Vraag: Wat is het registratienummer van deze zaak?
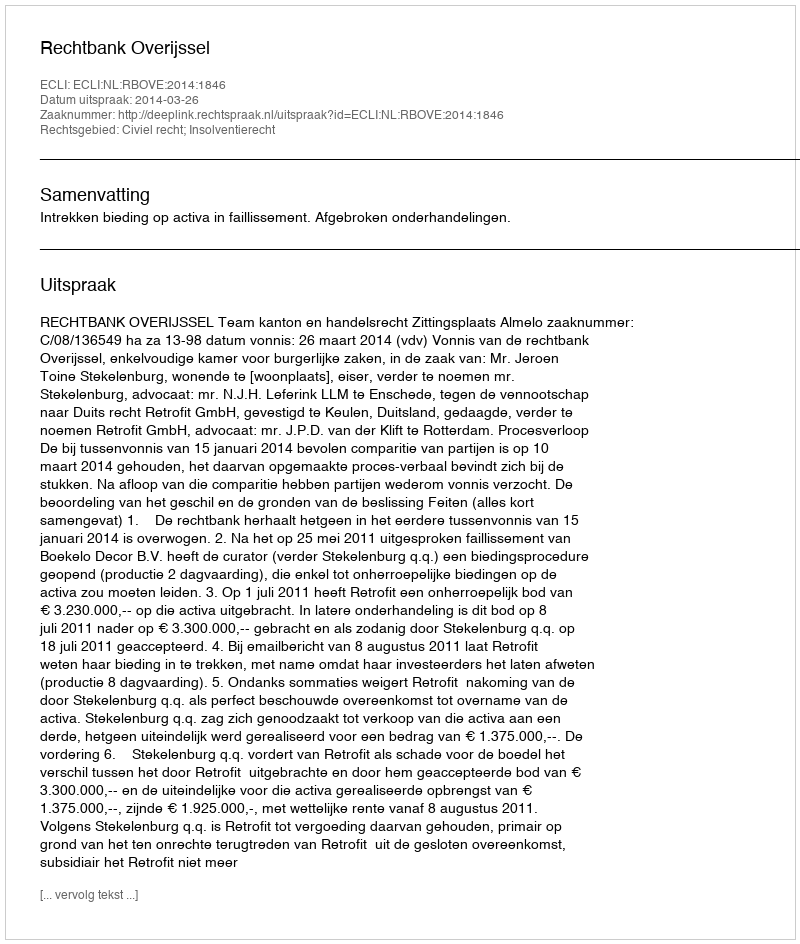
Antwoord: http://deeplink.rechtspraak.nl/uitspraak?id=ECLI:NL:RBOVE:2014:1846